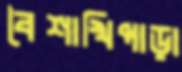
বৈশাখিপাড়া